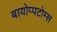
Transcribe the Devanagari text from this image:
बायोप्पटोम्स